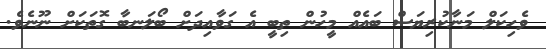
ވެހިކަލް މަނާކުރިޔަސް ބައެއް މީހުން ތިބީ އެ ގަވާއިދަށް ބޯލަނބާ ގޮތަކަށް ނޫނެވެ.